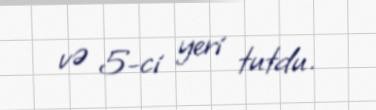
və 5-ci yeri tutdu.